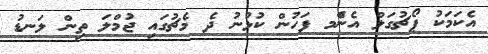
އެކަމަކު ޕޯޗުގަލް އެންެމ ފަހުން ކުޅުނު ދެ މެޗުގައި ޖުމްލަ ތިން ލަނޑު